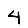
Digit: 4